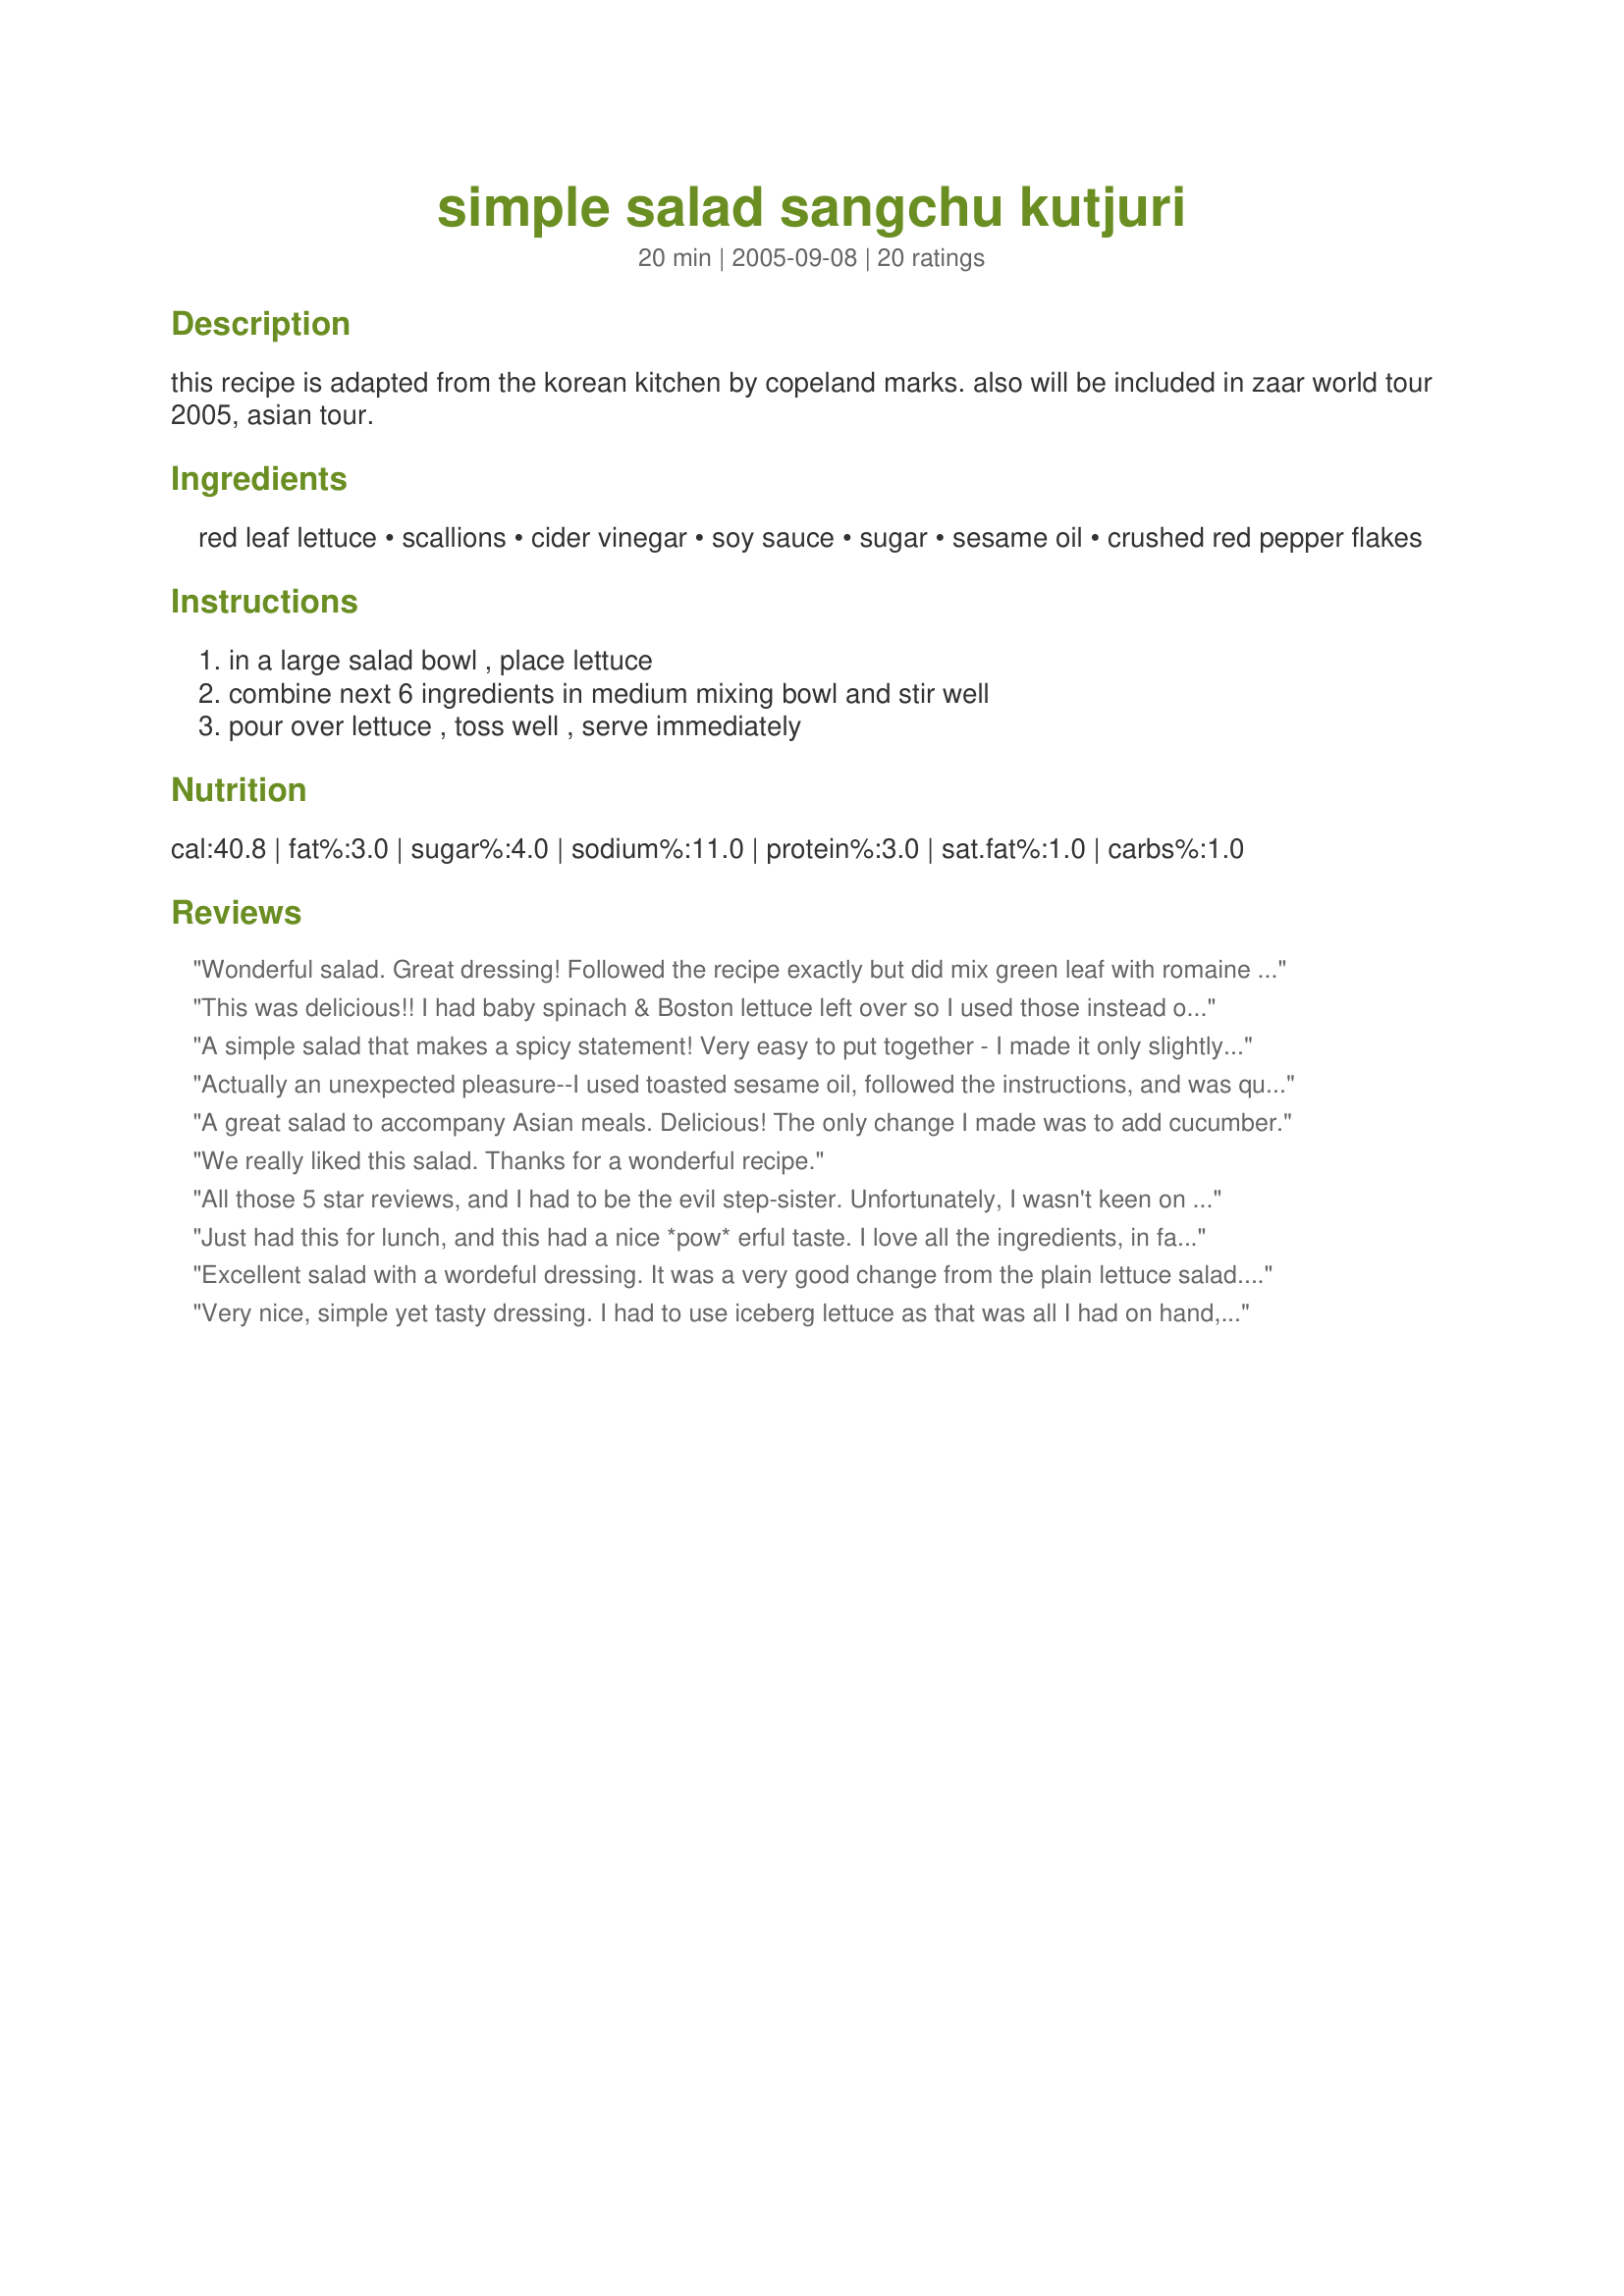
simple salad sangchu kutjuri
Preparation time: 20 minutes

this recipe is adapted from the korean kitchen by copeland marks. also will be included in zaar world tour 2005, asian tour.

Ingredients:
red leaf lettuce, scallions, cider vinegar, soy sauce, sugar, sesame oil, crushed red pepper flakes

Steps:
in a large salad bowl , place lettuce, combine next 6 ingredients in medium mixing bowl and stir well, pour over lettuce , toss well , serve immediately

Reviews:
Wonderful salad. Great dressing! Followed the recipe exactly but did mix green leaf with romaine as I had to use the romaine before it went bad. Nice crunchy easy, fresh salad with an unusual and tasty dressing! Thanks
This was delicious!! I had baby spinach & Boston lettuce left over so I used those instead of the red leaf. I used an extra scallion, hehe because I love them & the dressing was absolutely delicious!
A simple salad that makes a spicy statement! Very easy to put together - I made it only slightly less simple by adding a few cucumber slices. I also tossed a few peanuts on top. I like the tanginess and heat of this dressing, though next time I might add 1/2 t sugar instead of 1/4 t. Thanks for sharing!
Actually an unexpected pleasure--I used toasted sesame oil, followed the instructions, and was quite surprised at how lovely a combination this turned out to be. Particularly felicitous with griled shrimp. Thanks, Lori!
A great salad to accompany Asian meals. Delicious! The only change I made was to add cucumber.
We really liked this salad. Thanks for a wonderful recipe.
All those 5 star reviews, and I had to be the evil step-sister. Unfortunately, I wasn't keen on the dressing. I like spicy foods, but this was a little over the top for my tastes, and I found the soy was a little overpowering. Clearly it's me. :( Thanks anyway for sharing the recipe Lauralie. Made for: March Into Spring Tag ~ 2010 - Diabetic Forum
Just had this for lunch, and this had a nice *pow* erful taste. I love all the ingredients, in fact, I must be part rabbit, as I totally devoured the whole salad. I decided to add a very thinly slices of red onion and other then halving the recipe, I followed this exactly. I still have a bit of dressing left over and will use this for our dinner tonight probably served with baked salmon. What a wonderful treat, thank you Lori!
Excellent salad with a wordeful dressing. It was a very good change from the plain lettuce salad. Thanks, Lori!
Very nice, simple yet tasty dressing. I had to use iceberg lettuce as that was all I had on hand, but it was still delicious. Next time I think I'd increase the chilli flakes a bit, but that's just personal taste. Thanks for a great recipe Lori!
Made this for your football co- win with Maryland Jim. As you can see,I'm a little behind.This was delicious and now my new favorite salad. If I could give 10 stars I would! I did sub the sugar with a 1/2 packet of Splenda and omitted the crushed red pepper for dietary reasons. I could just imagine it with the crushed red pepper-probably even more fabulous. The you so much much for this keeper, it will now be in my regular rotation!
It's called Simple Salad and that's what it is. It's quick and simple, but delicious. This makes a great side salad to nearly every Asian meal. I used a mix of green and red salad leaves, sprinkled it with black sesame seeds and served it as a side salad on an extra plate to Asian skewers and glass noodles with onion and Thai basil. This salad was the perfect accompaniment and BF even said that he would be interested in the dressing recipe. This salad is a keeper. Thank you, Lori!
I enjoyed this being a part of Menu #39593 menu. I used my home grown red leaf lettuce. Didn`t change a thing but using low sodium soy. Thanks made for ZWT 6.
Loved the dressing,will make again
Really nice dressing. Only thing I would recommend is chilling before adding to the lettuce.
Had the necessary red leaf but used toasted sesame seed oil. What a great, simple dressing!
Delicious !! Made recipe as posted and it was great. So simple and light can't wait to make again. Thank for posting.
I liked the salad, but be sure you know who you are serving. I have found people either love or hate sesame oil's pronounced flavor. Unfortunately, there were both types at our table, and reactions were extreme. I personally loved the pepper flake's added kick.
Very nice and very simple. I used low sodium soy sauce and sprinkled with sesame seeds as a garnish. This is ideal for any asian-themed meal. I may add some thinly sliced cucumber next time. Thanx for posting.
Very nice salad. I liked it a lot. Thanks for the recipe!!
